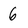
Character: 6